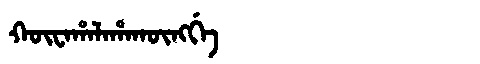
Manchu: ᡴᡡᠸᠠᡥᠠᠯᠠᡥᠠᡴᡡᠩᡤᡝ
Romanization: KŪWAHALAHAKŪNGGE